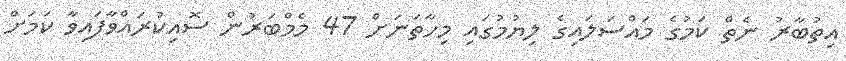
އިތުބާރު ނެތް ކަމުގެ މައްސަލައިގެ ލިޔުމުގައި މިހާތަނަށް 47 މެމްބަރުން ސޮއިކުރައްވާފައިވާ ކަމަށް